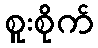
စူးစိုက်